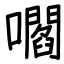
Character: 嚪